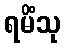
ရမိံသု